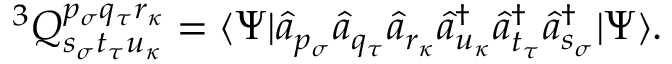
^ 3 Q _ { s _ { \sigma } t _ { \tau } u _ { \kappa } } ^ { p _ { \sigma } q _ { \tau } r _ { \kappa } } = \langle \Psi | \hat { a } _ { p _ { \sigma } } \hat { a } _ { q _ { \tau } } \hat { a } _ { r _ { \kappa } } \hat { a } _ { u _ { \kappa } } ^ { \dagger } \hat { a } _ { t _ { \tau } } ^ { \dagger } \hat { a } _ { s _ { \sigma } } ^ { \dagger } | \Psi \rangle .